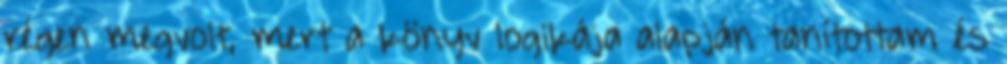
régen megvolt, mert a könyv logikája alapján tanítottam és